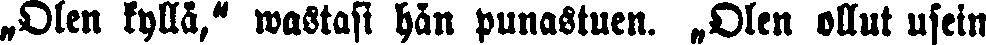
„Olen kyllä," wastasi hän punastuen. „Olen ollut usein